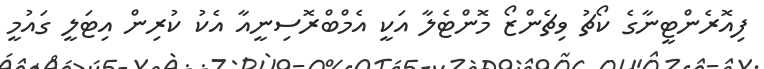
ފިއޮރެންޓީނާގެ ކޯޗު ވިޗެންޒޯ މޮންޓެލާ އަކީ އެމްބްރޮސިނީއާ އެކު ކުރިން އިޓަލީ ގައުމީ